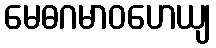
မေဓဂမာဝဟေယျ